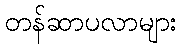
တန်ဆာပလာများ